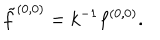
LaTeX: { \tilde { f } ^ { ( 0 , 0 ) } = k ^ { - 1 } f ^ { ( 0 , 0 ) } . }